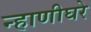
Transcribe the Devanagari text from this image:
न्हाणीघरे